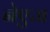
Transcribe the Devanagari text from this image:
नेएज